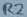
Text: R2